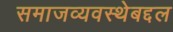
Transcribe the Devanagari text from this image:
समाजव्यवस्थेबद्दल